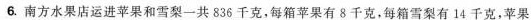
6.南方水果店运进苹果和雪梨一共836千克，每箱苹果有8千克，每箱雪梨有14千克，苹果